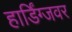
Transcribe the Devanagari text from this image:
हार्डिंग्जवर